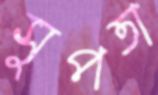
সুপতা